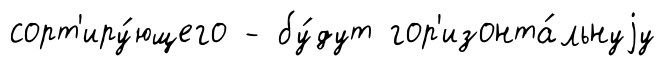
сорт'иру́ющего - бу́дут гор'изонта́льнуjу